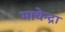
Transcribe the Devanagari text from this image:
माचेन्द्रा